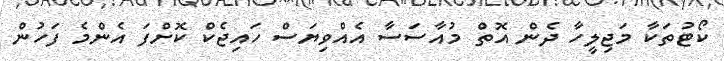
ކޯޓުތަކާ މަޖިލީހާ ދެން އޮތް މުއާސަސާ އެއްވިޔަސް ހައިޖެކް ކޮށްފަ އެންމެ ފަހުން